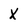
Character: X